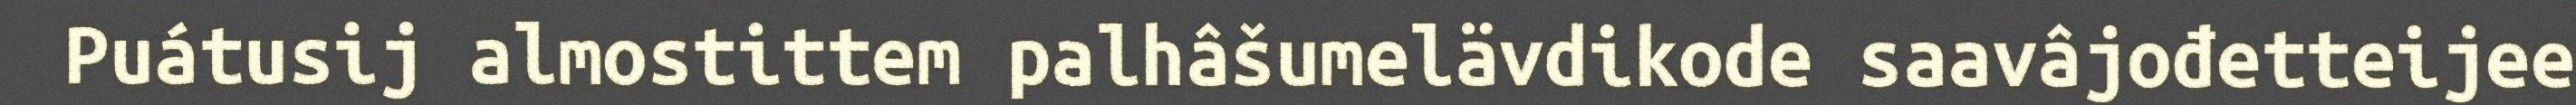
Puátusij almostittem palhâšumelävdikode saavâjođetteijee